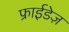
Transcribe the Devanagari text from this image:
फ्राईडेज़